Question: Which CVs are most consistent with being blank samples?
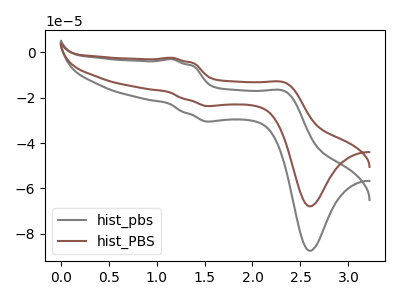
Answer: <think>The gray curve "hist_pbs" has anodic peaks at (1.15V, -3.00uA) (2.35V, -17.30uA) and cathodic peaks at (1.50V, -30.50uA) (2.60V, -87.55uA). The brown curve "hist_PBS" has anodic peaks at (1.15V, -2.35uA) (2.35V, -13.45uA) and cathodic peaks at (1.50V, -23.65uA) (2.60V, -67.90uA).</think>
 <answer>There are not any CV's on this graph that are likely to be blanks.</answer>
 <eval>none</eval>